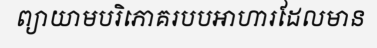
ព្យាយាមបរិភោគរបបអាហារដែលមាន